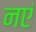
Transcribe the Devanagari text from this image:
नएं